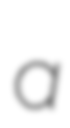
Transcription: a